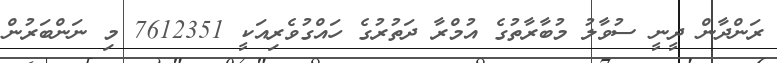
ރަންދާން ދީނީ ސުވާލު މުބާރާތުގެ އުމްރާ ދަތުރުގެ ހައްގުވެރިއަކީ 7612351 މި ނަންބަރުން